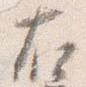
右